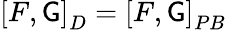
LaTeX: \left[F,\mathsf{G}\right]_{D}=\left[F,\mathsf{G}\right]_{PB}